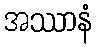
အဿာနံ